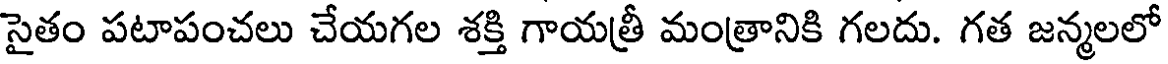
సైతం పటాపంచలు చేయగల శక్తి గాయత్రీ మంత్రానికి గలదు. గత జన్మలలో